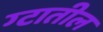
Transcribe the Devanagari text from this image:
ग्टातील